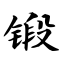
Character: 锻